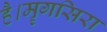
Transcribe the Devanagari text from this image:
है।मॄगसिरा